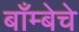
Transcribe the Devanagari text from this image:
बाँम्बेचे